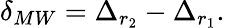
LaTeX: \delta_{MW}=\Delta_{r_{2}}-\Delta_{r_{1}}.